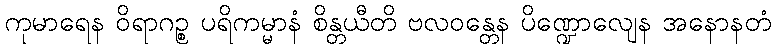
ကုမာရေန ဝိရာဂဉ္စ ပရိကမ္မာနံ စိန္တယီတိ ဗလဝန္တေန ပိဏ္ဍောလျေန အနောနတံ